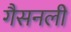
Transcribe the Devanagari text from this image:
गैसनली